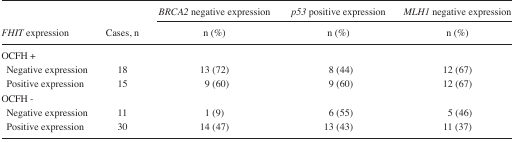
|  |  | BRCA2 negative expression | p53 positive expression | MLH1 negative expression |
 | FHIT expression | Cases, n | n (%) | n (%) | n (%) |
 | --- | --- | --- | --- | --- |
 | <COLSPAN=5> OCFH + |
 | Negative expression | 18 | 13 (72) | 8 (44) | 12 (67) |
 | Positive expression | 15 | 9 (60) | 9 (60) | 12 (67) |
 | <COLSPAN=5> OCFH − |
 | Negative expression | 11 | 1 (9) | 6 (55) | 5 (46) |
 | Positive expression | 30 | 14 (47) | 13 (43) | 11 (37) |